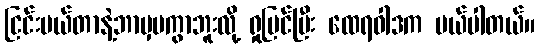
ငြင်းပယ်တာနဲ့ဘာမှမကွာဘူးလို့ ရှုမြင်ပြီး ထေရဝါဒက ပယ်ပါတယ်။